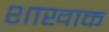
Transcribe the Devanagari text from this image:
शाखाक